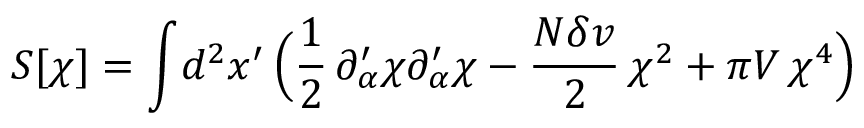
S [ \chi ] = \int \! d ^ { 2 } x ^ { \prime } \, \Bigl ( { \frac { 1 } { 2 } } \, \partial _ { \alpha } ^ { \prime } \chi \partial _ { \alpha } ^ { \prime } \chi - { \frac { N \delta v } { 2 } } \, \chi ^ { 2 } + \pi V \, \chi ^ { 4 } \Bigr )